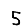
Digit: 5